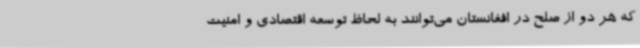
که هر دو از صلح در افغانستان می‌توانند به لحاظ توسعه اقتصادی و امنیت